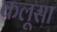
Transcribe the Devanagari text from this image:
कलूसा